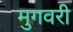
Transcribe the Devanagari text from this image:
मुगवरी